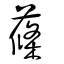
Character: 蓧